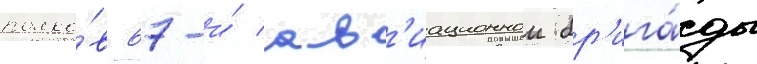
полко́в 67-и́ ав'иационнои бр'ига́ды